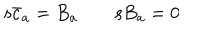
LaTeX: { \mathrm s } \bar { c } _ { a } = B _ { a } \qquad { \mathrm s } B _ { a } = 0